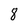
Character: 8